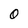
Character: 0